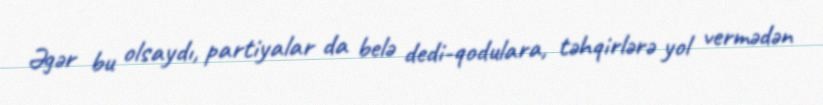
Əgər bu olsaydı, partiyalar da belə dedi-qodulara, təhqirlərə yol vermədən